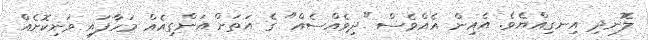
ލޮނދި އިނގިއްޔެވެ. އެއިން އެއްވެސް "ދިވެއްސެއް" ގެ އަތަށް އަންގިއެއް މަހާފައި ވަނިކޮށެއް